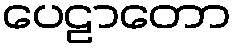
ပေဠာတော